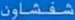
شففاون